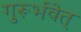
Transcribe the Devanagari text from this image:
गुरूर्भवेत्